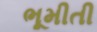
ભૂમીતી